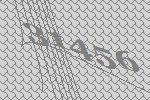
31456